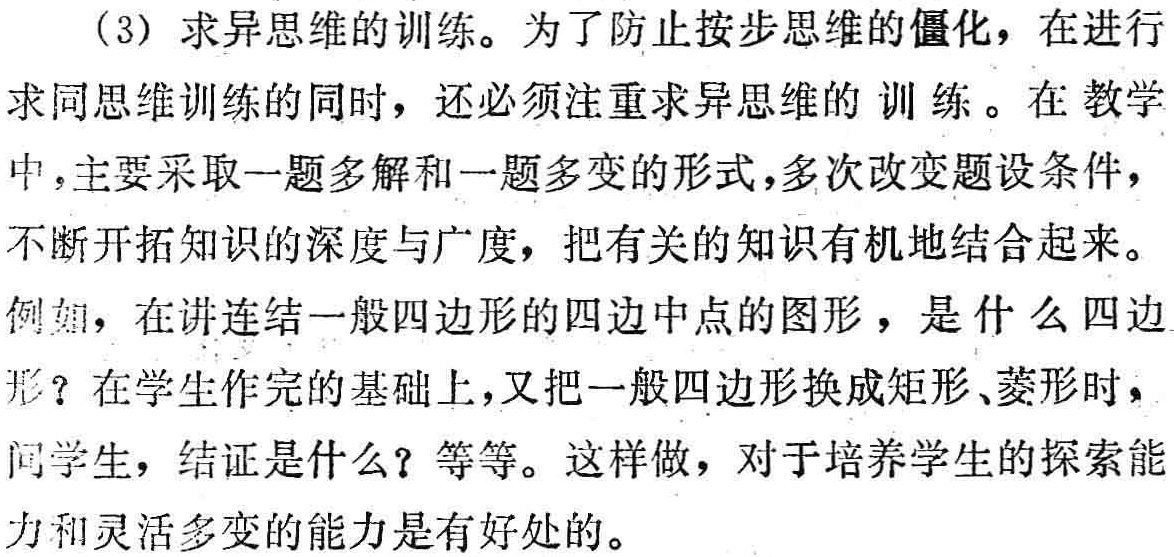
（3）求异思维的训练。为了防止按步思维的僵化，在进行求同思维训练的同时，还必须注重求异思维的训练。在教学中，主要采取一题多解和一题多变的形式，多次改变题设条件，不断开拓知识的深度与广度，把有关的知识有机地结合起来。例如，在讲连结一般四边形的四边中点的图形，是什么四边形？在学生作完的基础上，又把一般四边形换成矩形、菱形时，问学生，结证是什么？等等。这样做，对于培养学生的探索能力和灵活多变的能力是有好处的。